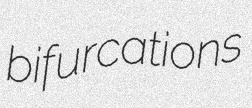
bifurcations